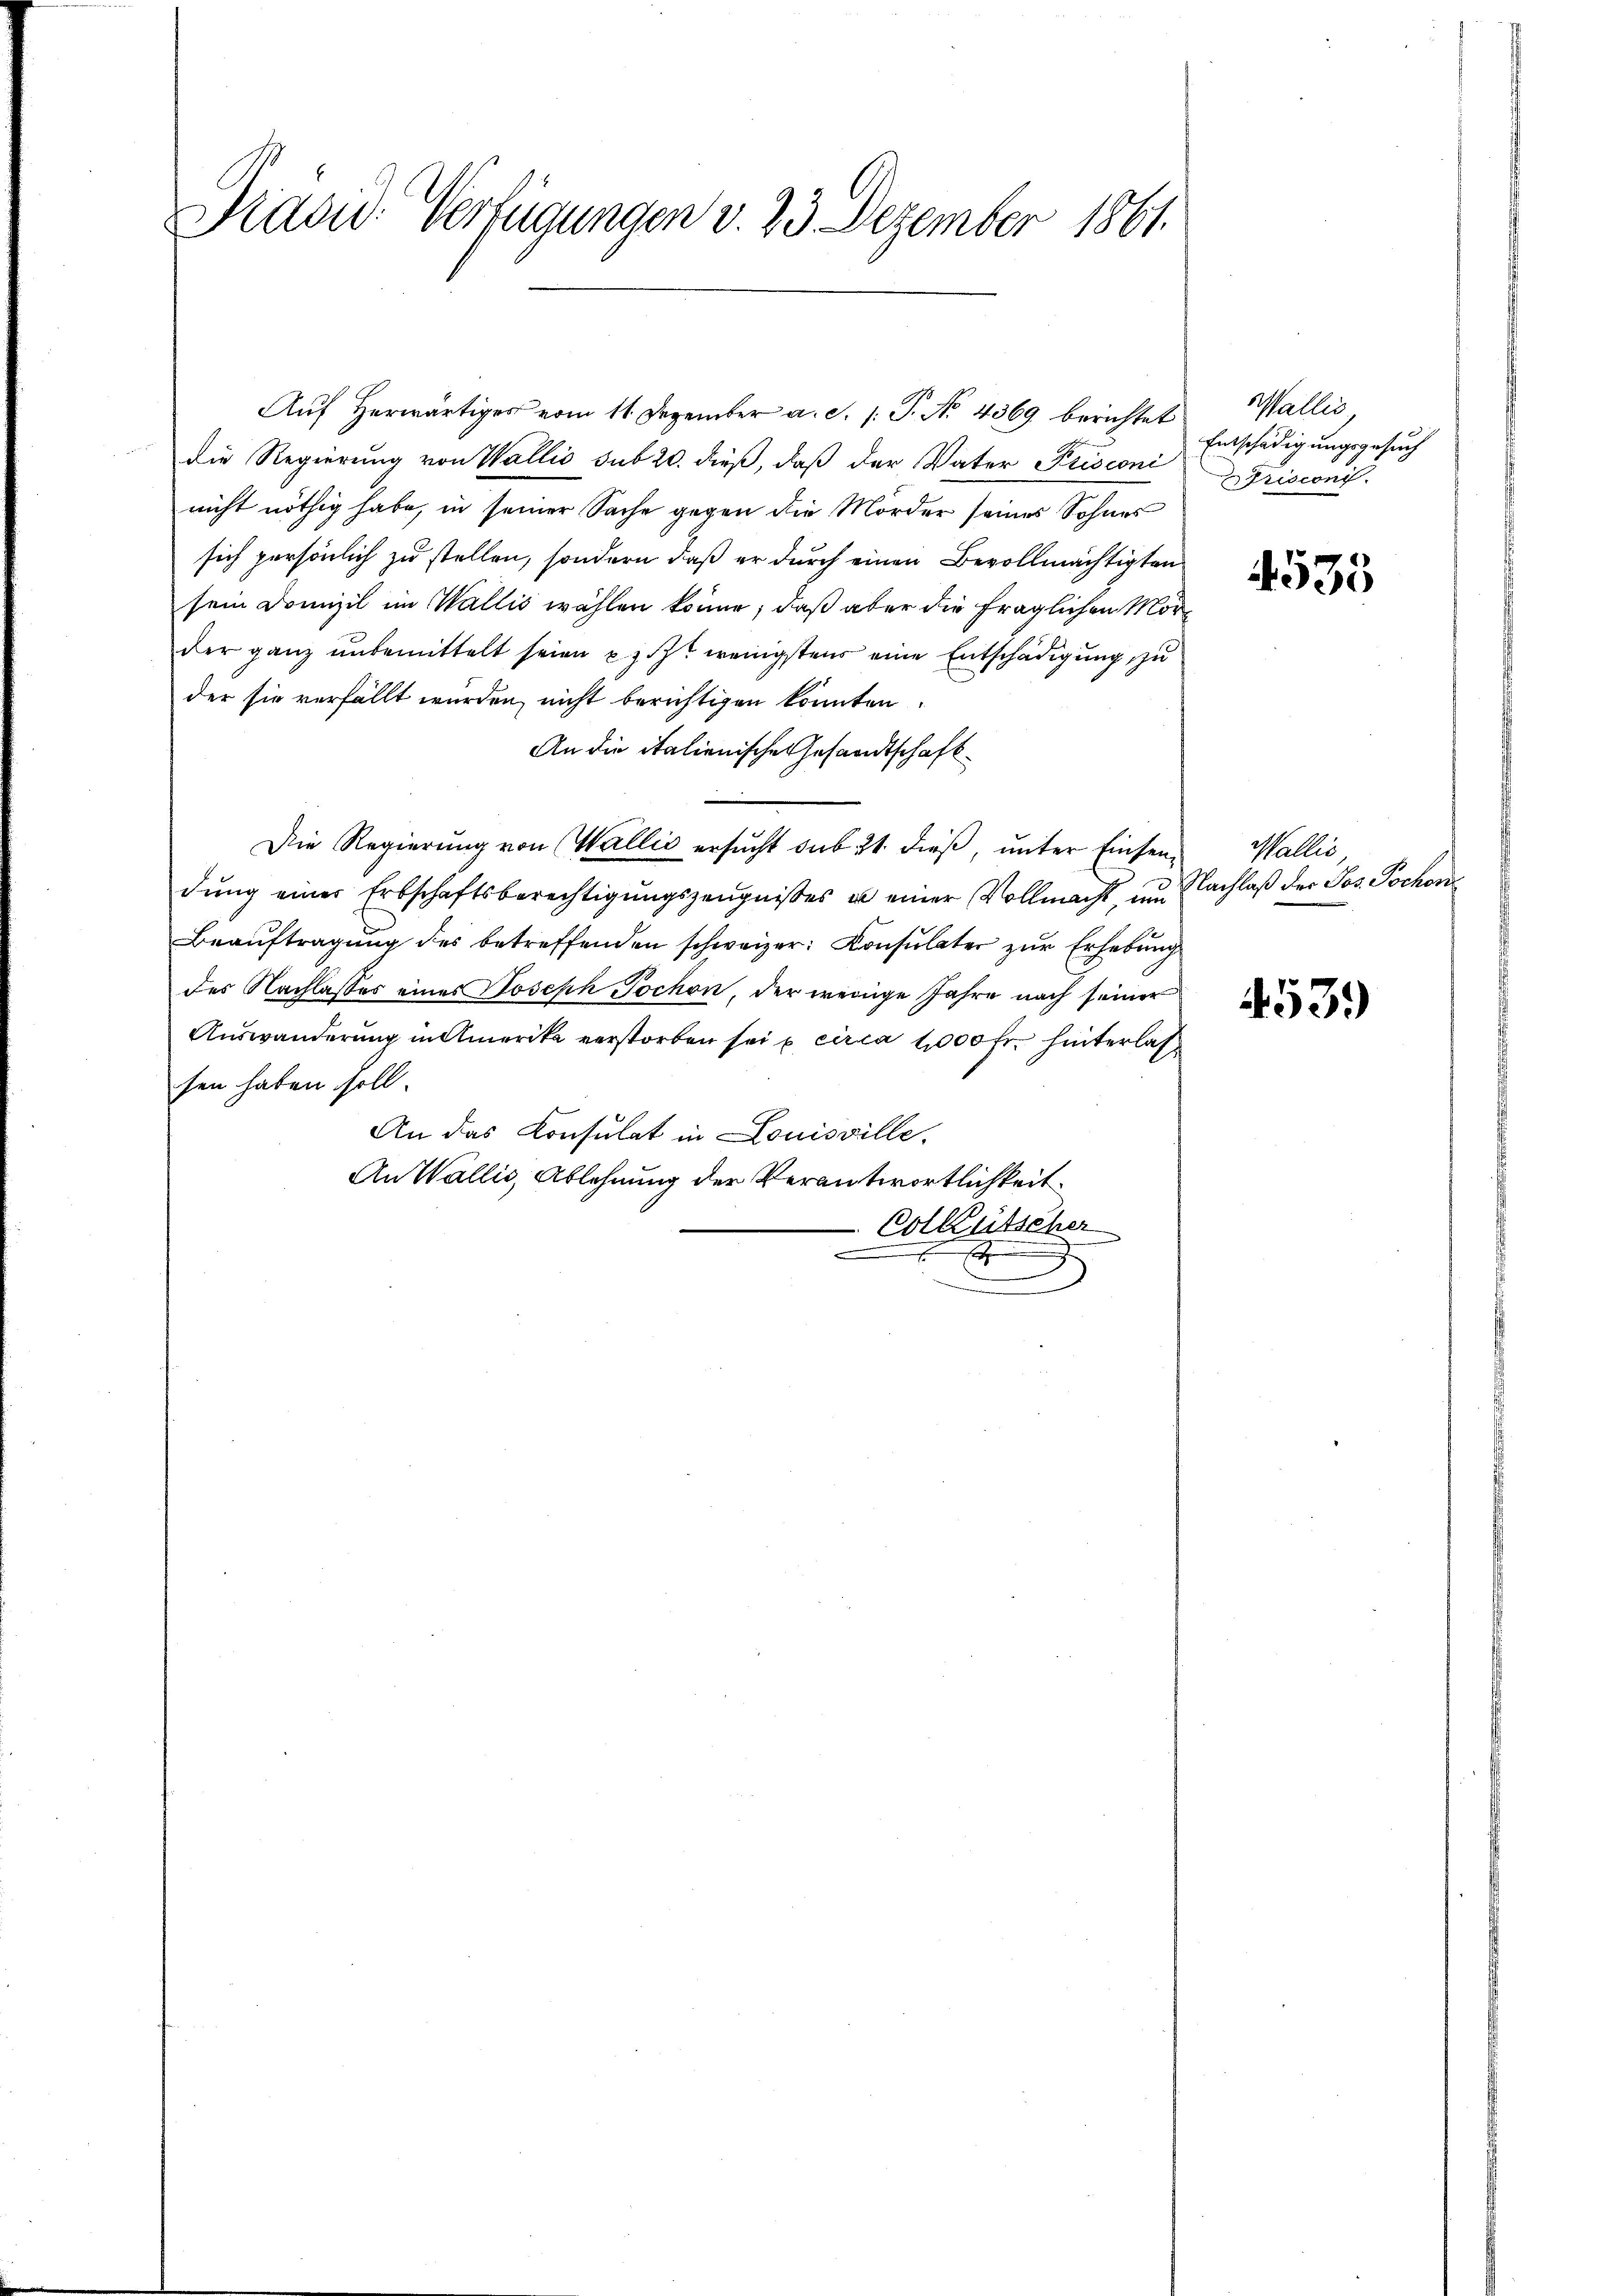
Präsid. Verfügungen v. 23 Dezember 1861.

Auf Herwärtiges vom 11. Dezember a. S. 1: P. No. 4369 berichtet
die Regierung von Wallis sub 20. dieß, daß der Vater Prisconi
nicht nöthig habe, in seiner Sache gegen die Morder seines Sohnes
sich persönlich zu stellen, sondern daß er durch einen Bevollmächtigten
sein Domizil im Wallis wählen könne, daß aber die fraglichen Morder ganz unbemittelt seien prist wenigstens eine Entschädigung, zu
der sie verfällt wurden, nicht berichtigen könnten
An die italienische Gesandtschaft
Die Regierŭng von Wallis ersŭcht sub 21. dieβ, ŭnter Einsendŭng einer Erbschaftsberechtigŭngszeŭgnisses u einer Vollmacht, um Nachlaß der Jos. Tschon
Beaŭftragung des betreffenden schweizer: Consulater zur Erhebung
des Nachlasses eines Joseph Pochon, der wenige Jahre nach seiner
Auswanderung in Amerika verstorben sei e circa 1000 fr. hinterlas
sen haben soll.
An das Consulat in Louisville.
An Wallis, Ablehnung der Verantwortlichkeit
Colkutscher
J

Haller,
Entschädigungsgesuch
risconi

4535

Wallis

4539)